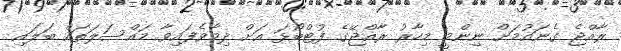
ރާއްޖެ ގެނައުމަށް ނިންމީ މިހާރު ރާއްޖޭގެ ފުޓްބޯޅަ އަށް ދިމާވެފައިވާ މައްސަލަތައް ބަލައި